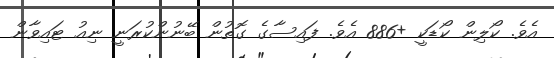
އެވެ. ކޯލިން ކޯޑަކީ +886 އެވެ. ފައިސާގެ ގޮތުން ބޭނުންކުރަނީ ނިއު ޓައިވާން